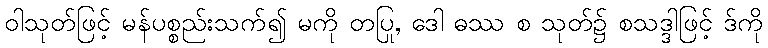
ဝါသုတ်ဖြင့် မန်ပစ္စည်းသက်၍ မကို တပြု, ဒေါ ဓဿ စ သုတ်၌ စသဒ္ဒါဖြင့် ဒ်ကို